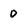
Character: 0